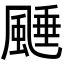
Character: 𩗰